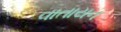
વાતાયન